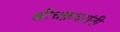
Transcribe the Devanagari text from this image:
श्रीचक्रधरांनी